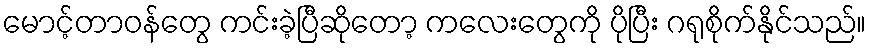
မောင့်တာဝန်တွေ ကင်းခဲ့ပြီဆိုတော့ ကလေးတွေကို ပိုပြီး ဂရုစိုက်နိုင်သည်။